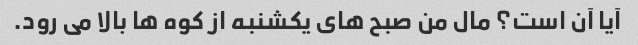
آیا آن است؟ مال من صبح های یکشنبه از کوه ها بالا می رود.